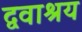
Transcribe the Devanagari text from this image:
द्ववाश्रय